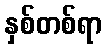
နှစ်တစ်ရာ